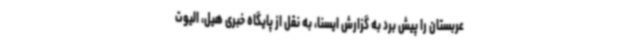
عربستان را پیش برد به گزارش ایسنا، به نقل از پایگاه خبری هیل، الیوت